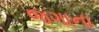
જગાના